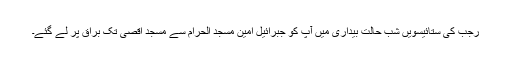
رجب کی ستائیسویں شب حالت بیداری میں آپؐ کو جبرائیل امینؑ مسجدِ الحرام سے مسجد اقصیٰ تک براق پر لے گئے۔